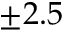
\pm 2 . 5